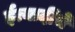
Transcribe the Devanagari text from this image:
ईत्यादींचे